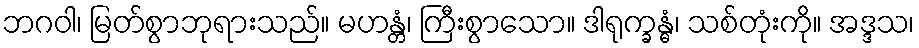
ဘဂဝါ၊ မြတ်စွာဘုရားသည်။ မဟန္တံ၊ ကြီးစွာသော။ ဒါရုက္ခန္ဓံ၊ သစ်တုံးကို။ အဒ္ဒသ၊